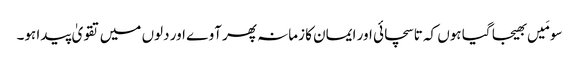
سو مَیں بھیجا گیا ہوں کہ تا سچائی اور ایمان کا زمانہ پھر آوے اور دلوں میں تقویٰ پیدا ہو۔